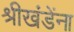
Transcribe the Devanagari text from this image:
श्रीखंडेंना